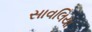
સાવલિયા